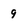
Character: 9